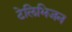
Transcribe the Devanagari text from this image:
टेलिभिजन